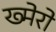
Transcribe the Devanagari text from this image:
ख्मेरो